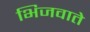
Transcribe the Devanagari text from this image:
भिजवाते